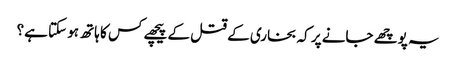
یہ پوچھے جانے پر کہ بخاری کے قتل کے پیچھے کس کا ہاتھ ہو سکتا ہے؟